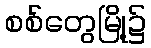
စစ်တွေမြို့၌